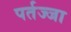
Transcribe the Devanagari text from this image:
पर्तज्जा